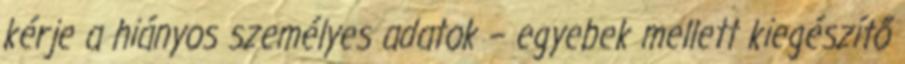
kérje a hiányos személyes adatok – egyebek mellett kiegészítő